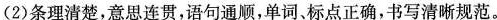
(2)条理清楚，意思连贯，语句通顺，单词、标点正确，书写清晰规范。